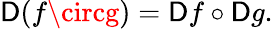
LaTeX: \mathsf{D}(f\circg)=\mathsf{D}f\circ\mathsf{D}g.